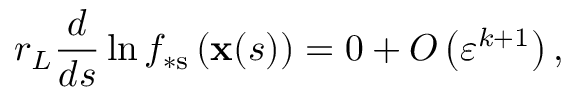
r _ { L } \frac { d } { d s } \ln f _ { \ast \mathrm { s } } \left( \mathbf { x } ( s ) \right) = 0 + O \left( \varepsilon ^ { k + 1 } \right) ,